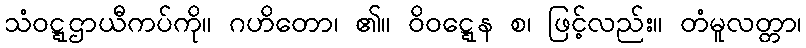
သံဝဋ္ဋဌာယီကပ်ကို။ ဂဟိတော၊ ၏။ ဝိဝဋ္ဋေန စ၊ ဖြင့်လည်း။ တံမူလတ္တာ၊